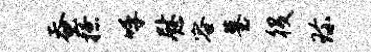
蚕撩呼慰容墓役珍